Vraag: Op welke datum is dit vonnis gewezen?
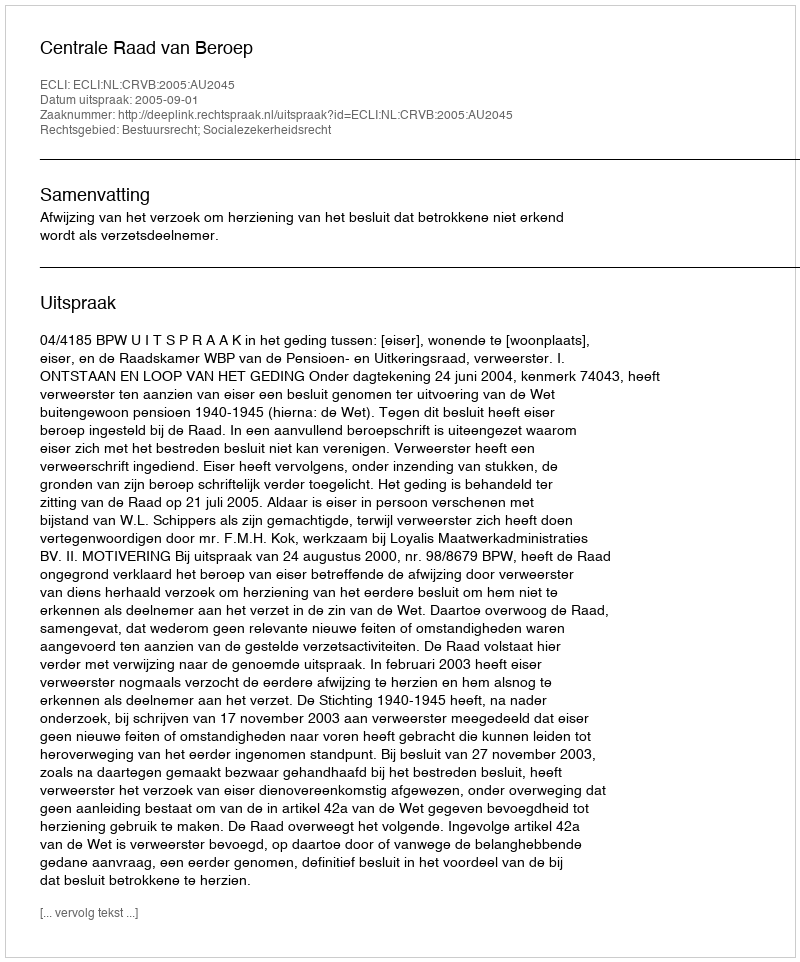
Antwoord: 2005-09-01